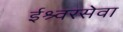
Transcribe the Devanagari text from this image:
ईश्र्वरसेवा